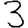
Digit: 3